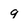
Character: 9